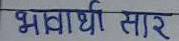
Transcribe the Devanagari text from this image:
भावार्थी सार